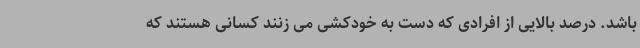
باشد. درصد بالایی از افرادی که دست به خودکشی می زنند کسانی هستند که